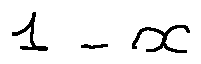
1 - x